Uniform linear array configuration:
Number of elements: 64
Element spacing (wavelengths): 0.5
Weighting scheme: cosine
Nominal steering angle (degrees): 45
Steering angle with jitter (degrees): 46.339
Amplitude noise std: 0.05
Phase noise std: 0.05

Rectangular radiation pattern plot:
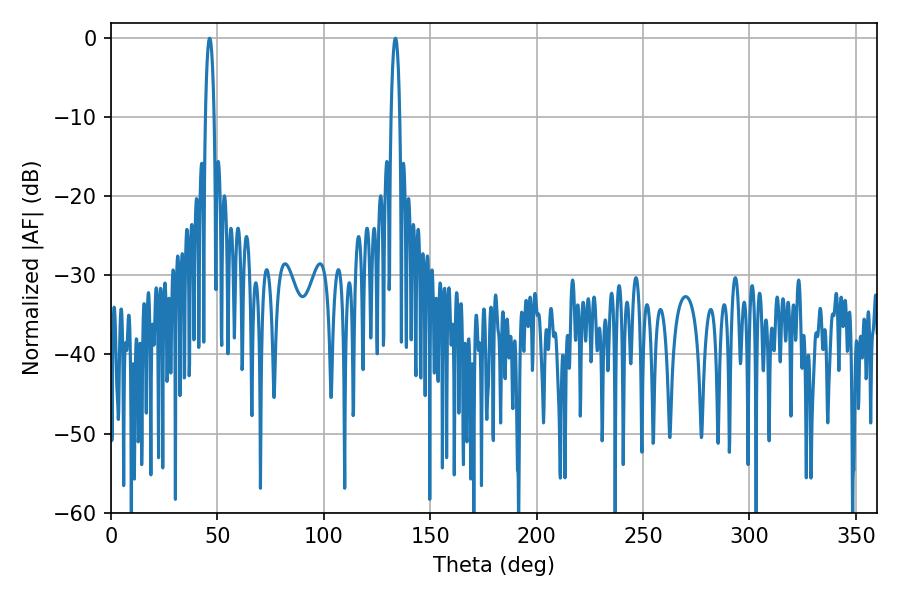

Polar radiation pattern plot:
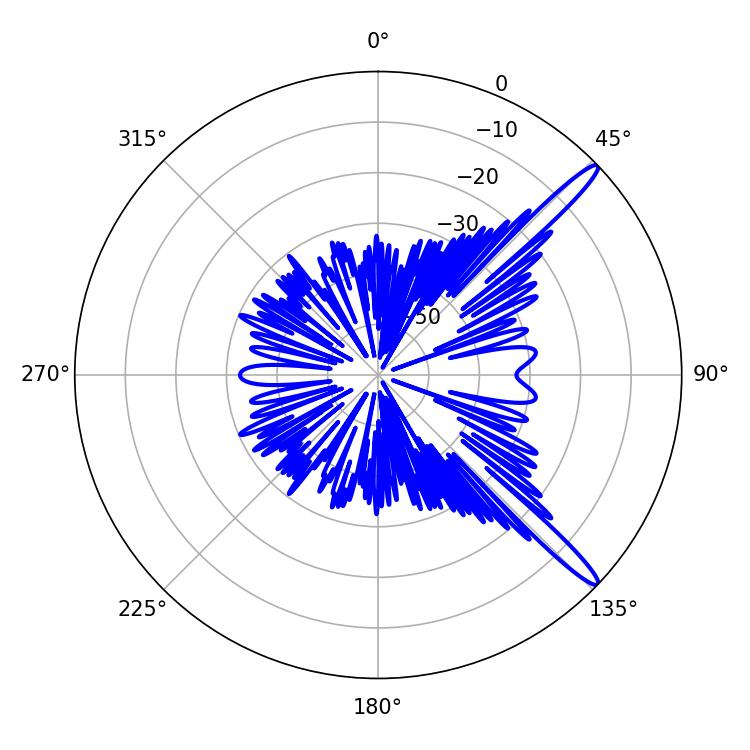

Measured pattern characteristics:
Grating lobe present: FALSE
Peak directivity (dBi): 14.787
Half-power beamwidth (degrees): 2.34
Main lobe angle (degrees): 46.26